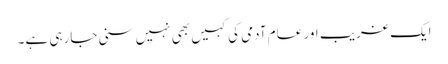
ایک غریب اور عام آدمی کی کہیں بھی نہیں سنی جارہی ہے۔